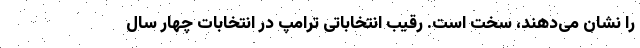
را نشان می‌دهند، سخت است. رقیب انتخاباتی ترامپ در انتخابات چهار سال